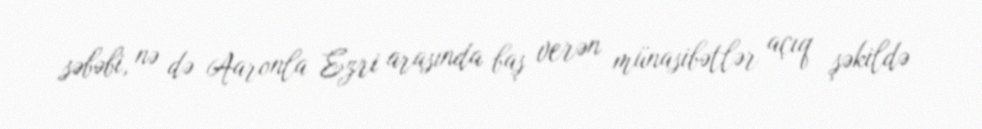
səbəbi, nə də Aaronla Ezri arasında baş verən münasibətlər açıq şəkildə